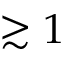
\gtrsim 1